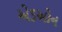
એડઓન